King Institute of Preventive Medicine Bacteriolog. Section reports 1907-08
Year: 1907
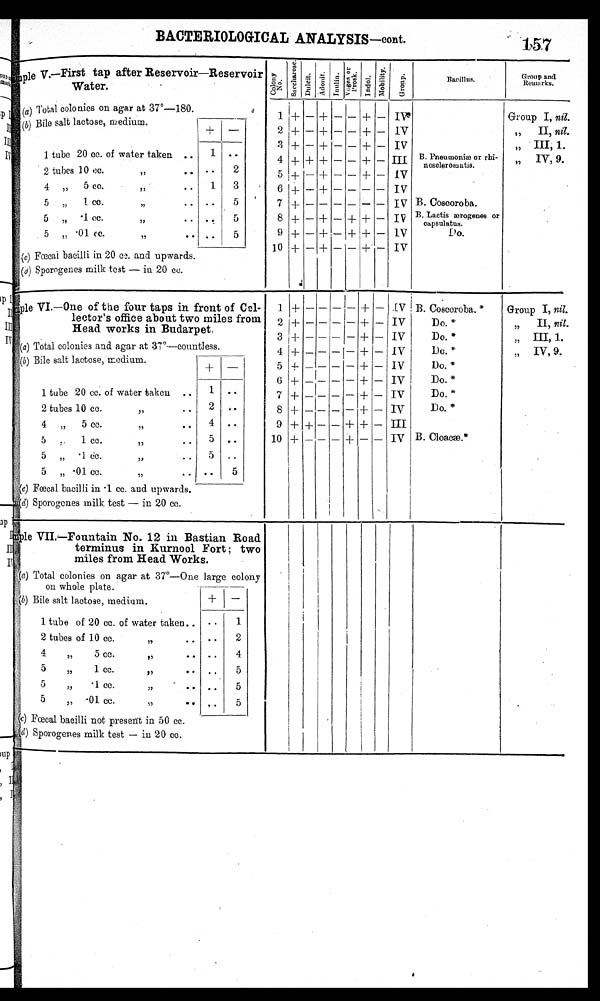
BACTERIOLOGICAL ANALYSIS—cont.
157
<illegibl/>ple V.—First tap after Reservoir—Reservoir
Water.
C o l o n y N o .
S a c c h a r o s e . D u l c i t .
A d o n i t .
I nul i n.
V e g e s o r P r o s k . I n d o l . M o b i l i t y G r o u p
Bacillus.
Group and.
Remarks.
(a) Total colonies on agar at 37º—180.
1
+ - +
- - +
- IV
Group I, nil.
(b) Bile salt lactose, medium.
+ —
2
+ - + - -
+ - IV
„ II, nil.
1 tube 20 cc. of water taken
1
3 + - + - - + - IV
,, III, 1.
4 + + + - - + — III B. Pneumoniæ or rhi-
nosclermatis
,,
IV, 9.
2 tubes 10 CC.
of water taken
2
5 + - + - - + - IV
4 tubes 5 cc of water taken
1
3
6 + - + - - - -
IV
5 tubes 1 cc.of water taken
5
7 + - - - - -
- IV B. Coscoroba.
5
tubes
·
1 cc.
of water taken
5
8
+ - + - + + -
I V B. Lactis ærogenes or
capsulatus.
5 tubes ·01 cc.of water taken
5
9 + - + - + + - IV
Do.
(c) Fæcai bacilli in 20 cc. and upwards.
10 + - + - -
+ - IV
(d) Sporogenes milk test — in 20 cc.
< i l l e g i b l e / > m p l e V I . — O n e o f t h e f o u r t a p s i n f r o n t o f C o l -
lector's office about two miles from
Head works in Budarpet.
1 + - - - -
+ - IV B. Coscoroba.*
Group I, nil.
2 + - - - - + -
I V
Do. *
II, nil.
3
+ - - - - + — IV
Do. *
III, 1.
(a) Total colonies and agar at 37°—countless.
4 + - - - - + - IV
Do. *
IV, 9.
(b) Bile salt lactose, medium.
+
-
5
+ - - - - + - IV
Do. *
1 tube 20 cc. of water taken
1
6
+ - - - -
+ - IV
Do. *
7 + - - - - + — IV
D o . *
2 tubes 10 cc. of water taken
2
8 + - - - - + - IV
D o . *
4 tubes 5 cc.of water taken
4
9 + + - - + + - III
5 tubes 1 cc.
of water taken
5
10 + - - - +
- - IV B. Cloacæ.*
5 tubes ·
1cc.
of water taken
5
5 tubes ·01.cc. of water taken
5
(c) Fæcal bacilli in 1 cc. and upwards.
(d) Sporogenes milk test — in 20 cc.
< i l l e g i b l e / > m p l e V I I . — F o u n t a i n N o . 1 2 i n B a s t i a n R o a d
terminus in Kurnool Fort ; two
miles from Head Works.
(a) Total colonies on agar at 37°—One large colony
on whole plate.
(b) Bile salt lactose, medium.
+
1 tube of 20 cc. of water taken.
1
2 tubes of 10 cc. of water taken.
2
4 tubes 5 cc. of water taken.
4
5 tubes 1 cc. of water taken.
5
5 tubes 1 cc. of water taken
.
5
5 tubes ·01 cc. of water taken.
5
(c)Fæcal bacilli not present in 50 cc.
(d) Sp orogenes milk test — in 20 cc.